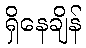
ရှိနေချိန်